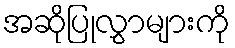
အဆိုပြုလွှာများကို